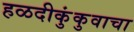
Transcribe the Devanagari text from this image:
हळदीकुंकुवाचा